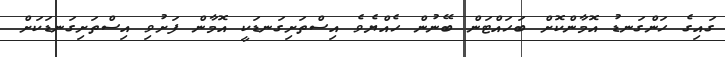
ގައިގެ ހަންގަނޑު އޮމާންކޮށް ބަހައްޓަން ބޭނުން ހެއްޔެވެ އިސްތަށިގަނޑަކީ އޮމާން ފަށުވި އިސްތަށިގަނޑަކަށް